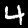
Label: 4